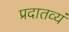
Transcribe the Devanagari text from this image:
प्रदातव्यं